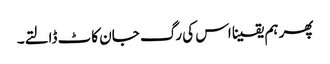
پھر ہم یقینا اس کی رگ جان کاٹ ڈالتے۔